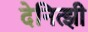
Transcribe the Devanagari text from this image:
देनित्झी